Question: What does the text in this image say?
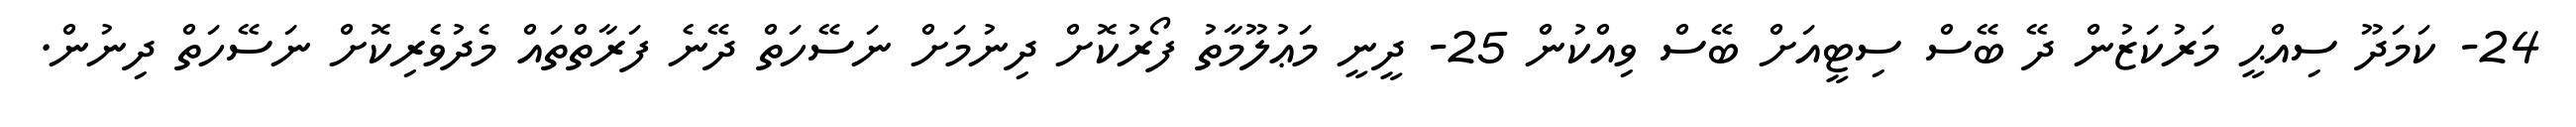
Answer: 24- ކަމަދޫ ސިއްޙީ މަރުކަޒުން ދޭ ބޭސް ސިޓީއަށް ބޭސް ވިއްކުން 25- ދީނީ މަޢުލޫމާތު ފޯރުކޮށް ދިނުމަށް ނަސޭހަތް ދޭނެ ފަރާތްތައް މެދުވެރިކޮށް ނަސޭހަތް ދިނުން.